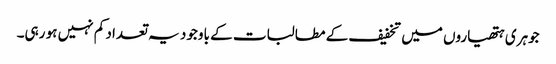
جوہری ہتھیاروں میں تخفیف کے مطالبات کے باوجود یہ تعداد کم نہیں ہو رہی۔